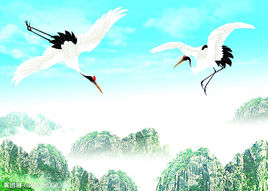
迁客此时徒极目，长洲孤月向谁明。